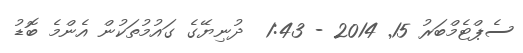
ސެޕްޓެމްބަރު 15